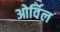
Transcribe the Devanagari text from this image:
ओर्विल